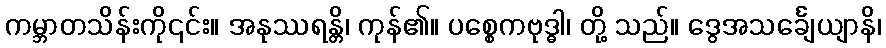
ကမ္ဘာတသိန်းကို၎င်း။ အနုဿရန္တိ၊ ကုန်၏။ ပစ္စေကဗုဒ္ဓါ၊ တို့ သည်။ ဒွေအသင်္ချေယျာနိ၊